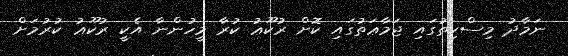
ނަމާދު މިސްކިތުގައި ޖަމާޢަތުގައި ކޮށް ރުކޫޢު ކުރާ މީހުންނާ އެކީ ރުކޫޢު ކުރުމަށް